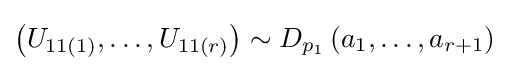
\left(U_{11(1)},\ldots ,U_{11(r)}\right)\sim D_{p_{1}}\left(a_{1},\ldots ,a_{r+1}\right)